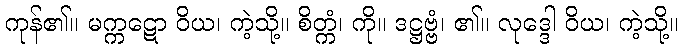
ကုန်၏။ မက္ကဋော ဝိယ၊ ကဲ့သို့။ စိတ္ကံ၊ ကို။ ဒဋ္ဌဗ္ဗံ၊ ၏။ လုဒ္ဒေါ ဝိယ၊ ကဲ့သို့။